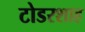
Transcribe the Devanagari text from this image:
टोडरशाह